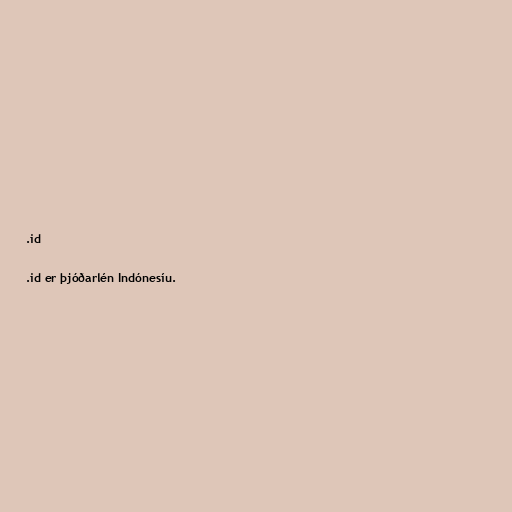
.id

.id er þjóðarlén Indónesíu.